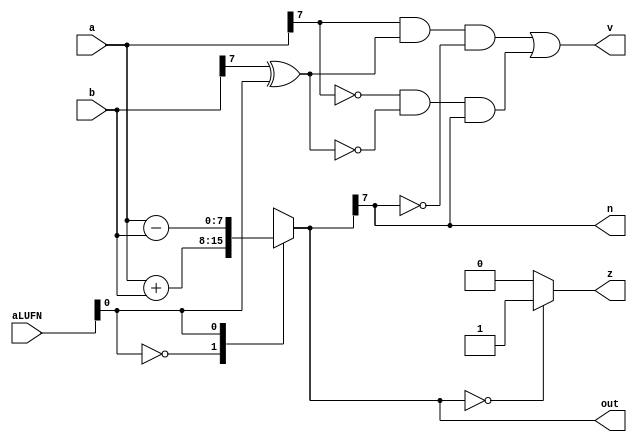
/*
   This file was generated automatically by the Mojo IDE version B1.3.5.
   Do not edit this file directly. Instead edit the original Lucid source.
   This is a temporary file and any changes made to it will be destroyed.
*/

module adder_3 (
    output reg [7:0] out,
    output reg [0:0] z,
    output reg [0:0] v,
    output reg [0:0] n,
    input [7:0] a,
    input [7:0] b,
    input [5:0] aLUFN
  );
  
  
  
  reg [7:0] p;
  
  always @* begin
    p = 8'h00;
    
    case (aLUFN[0+0-:1])
      1'h0: begin
        p = a + b;
      end
      1'h1: begin
        p = a - b;
      end
      default: begin
        p = 1'h0;
      end
    endcase
    
    case (p)
      1'h0: begin
        z = 1'h1;
      end
      default: begin
        z = 1'h0;
      end
    endcase
    out = p;
    v = (a[7+0-:1] & (b[7+0-:1] ^ aLUFN[0+0-:1]) & !p[7+0-:1]) | (!a[7+0-:1] & !(b[7+0-:1] ^ aLUFN[0+0-:1]) & p[7+0-:1]);
    n = p[7+0-:1];
  end
endmodule